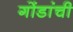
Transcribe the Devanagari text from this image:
गोंडांची